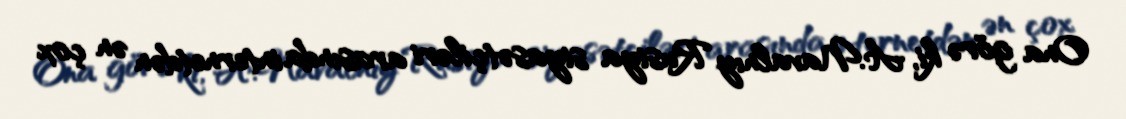
Ona görə ki, A.Navalnıy Rusiya siyasətçiləri arasında internetdən ən çox